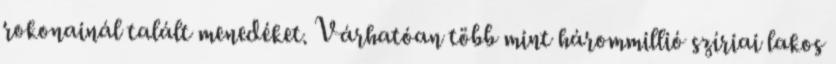
rokonainál talált menedéket. Várhatóan több mint hárommillió szíriai lakos